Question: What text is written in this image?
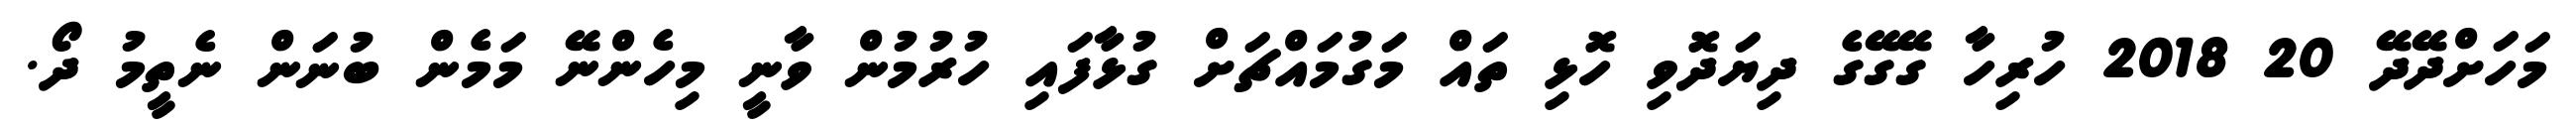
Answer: މަހަށްދޭދޭ 20 2018 ހުރިހާ ގޭގޭގެ ދިޔަދޮވި ހޮޅި ތައް މަގުމައްޗަށް ގުޅާފައި ހުރުމުން ވާނީ މިހެންނޭ މަމެން ބުނަން ނެތީމު ދޯ.